Report on vaccination in the Province of Bengal - 1874-1889
Year: 1874
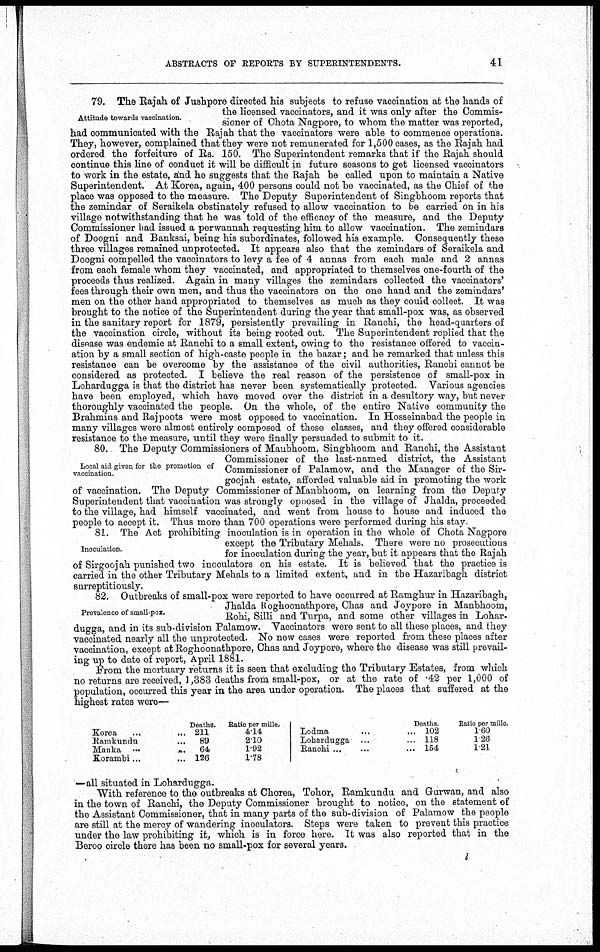
ABSTRACTS OF REPORTS BY SUPERINTENDENTS.
41
Attitude towards vaccination.
79. The Rajah of Jushpore directed his subjects to refuse vaccination at the hands of
the licensed vaccinators, and it was only after the Commis-
sioner of Chota Nagpore, to whom the matter was reported,
had communicated with the Rajah that the vaccinators were able to commence operations.
They, however, complained that they were not remunerated for 1,500 cases, as the Rajah had
ordered the forfeiture of Rs. 150. The Superintendent remarks that if the Rajah should
continue this line of conduct it will be difficult in future seasons to get licensed vaccinators
to work in the estate, and he suggests that the Rajah be called upon to maintain a Native
Superintendent. At Korea, again, 400 persons could not be vaccinated, as the Chief of the
place was opposed to the measure. The Deputy Superintendent of Singbhoom reports that
the zemindar of Seraikela obstinately refused to allow vaccination to be carried on in his
village notwithstanding that he was told of the efficacy of the measure, and the Deputy
Commissioner had issued a perwannah requesting him to allow vaccination. The zemindars
of Doogni and Banksai, being his subordinates, followed his example. Consequently these
three villages remained unprotected. It appears also that the zemindars of Seraikela and
Doogni compelled the vaccinators to levy a fee of 4 annas from each male and 2 annas
from each female whom they vaccinated, and appropriated to themselves one-fourth of the
proceeds thus realized. Again in many villages the zemindars collected the vaccinators'
fees through their own men, and thus the vaccinators on the one hand and the zemindars'
men on the other hand appropriated to themselves as much as they could collect. It was
brought to the notice of the Superintendent during the year that small-pox was, as observed
in the sanitary report for 1879, persistently prevailing in Ranchi, the head-quarters of
the vaccination circle, without its being rooted out. The Superintendent replied that the
disease was endemic at Ranchi to a small extent, owing to the resistance offered to vaccin-
ation by a small section of high-caste people in the bazar; and he remarked that unless this
resistance can be overcome by the assistance of the civil authorities, Ranchi cannot be
considered as protected. I believe the real reason of the persistence of small-pox in
Lohardugga is that the district has never been systematically protected. Various agencies
have been employed, which have moved over the district in a desultory way, but never
thoroughly vaccinated the people. On the whole, of the entire Native community the
Brahmins and Rajpoots were most opposed to vaccination. In Hosseinabad the people in
many villages were almost entirely composed of these classes, and they offered considerable
resistance to the measure, until they were finally persuaded to submit to it.
Local aid given for the promotion of
vaccination.
80. The Deputy Commissioners of Manbhoom, Singbhoom and Ranchi, the Assistant
Commissioner of the last-named district, the Assistant
Commissioner of Palamow, and the Manager of the Sir-
goojah estate, afforded valuable aid in promoting the work
of vaccination. The Deputy Commissioner of Manbhoom, on learning from the Deputy
Superintendent that vaccination was strongly opposed in the village of Jhalda, proceeded
to the village, had himself vaccinated, and went from house to house and induced the
people to accept it. Thus more than 700 operations were performed during his stay
Inoculation.
81. The Act prohibiting inoculation is in operation in the whole of Chota Nagpore
except the Tributary Mehals. There were no prosecutions
for inoculation during the year, but it appears that the Rajah
of Sirgoojah punished two inoculators on his estate. It is believed that the practice is
carried in the other Tributary Mehals to a limited extent, and in the Hazaribagh district
surreptitiously.
Prevalence of small-pox.
82. Outbreaks of small-pox were reported to have occurred at Ramghur in Hazaribagh,
Jhalda Roghoonathpore, Chas and Joypore in Manbhoom,
Rohi, Silli and Turpa, and some other villages in Lohar-
dugga, and in its sub-division Palamow. Vaccinators were sent to all these places, and they
vaccinated nearly all the unprotected. No new cases were reported from these places after
vaccination, except at Roghoonathpore, Chas and Joypore, where the disease was still prevail-
ing up to date of report, April 1881.
From the mortuary returns it is seen that excluding the Tributary Estates, from which
no returns are received, 1,383 deaths from small-pox, or at the rate of .42 per 1,000 of
population, occurred this year in the area under operation. The places that suffered at the
highest rates were—
Korea
...
...
Ramkundu
...
Manka
...
...
Korambi ...
Deaths.
211
89
64
126
Ratio per mille.
4.14
2.10
1.92
1.78
Lodma ... ...
Lohardugga ... ...
Ranchi ... ...
Deaths.
102
118
154
Ratio per mille.
1.60
1.26
1.21
—all situated in Lohardugga.
With reference to the outbreaks at Chorea, Tohor, Ramkundu and Gurwan, and also
in the town of Ranchi, the Deputy Commissioner brought to notice, on the statement of
the Assistant Commissioner, that in many parts of the sub-division of Palamow the people
are still at the mercy of wandering inoculators. Steps were taken to prevent this practice
under the law prohibiting it, which is in force here. It was also reported that in the
Beroo circle there has been no small-pox for several years.
l